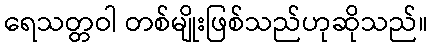
ရေသတ္တဝါ တစ်မျိုးဖြစ်သည်ဟုဆိုသည်။